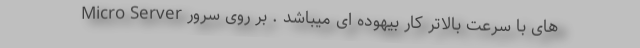
های با سرعت بالاتر کار بیهوده ای میباشد . بر روی سرور Micro Server